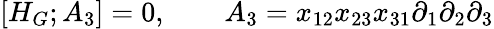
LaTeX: [H_{G};A_{3}]=0,\quad\quad A_{3}=x_{12}x_{23}x_{31}\partial_{1}\partial_{2}\partial_{3}